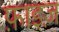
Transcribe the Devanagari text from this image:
फ़ाइज़